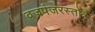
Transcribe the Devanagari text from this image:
वज्रपंजरस्तोत्र